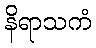
နိရာသကံ